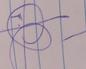
Signature authenticity: genuine